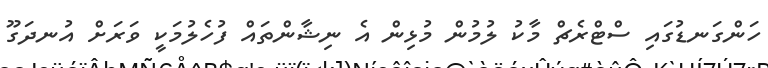
ހަންގަނޑުގައި ސްޓްރެޗް މާކު ލުމުން މުޅިން އެ ނިޝާންތައް ފުހެލުމަކީ ވަރަށް އުނދަގޫ